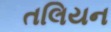
તલિયન